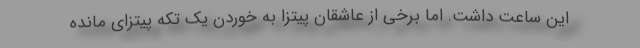
این ساعت داشت. اما برخی از عاشقان پیتزا به خوردن یک تکه پیتزای مانده